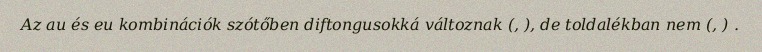
Az au és eu kombinációk szótőben diftongusokká változnak (, ), de toldalékban nem (, ) .